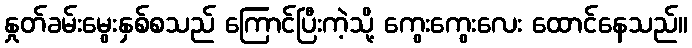
နှုတ်ခမ်းမွေးနှစ်စသည် ကြောင်ပြီးကဲ့သို့ ကွေးကွေးလေး ထောင်နေသည်။